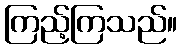
ကြည့်ကြသည်။